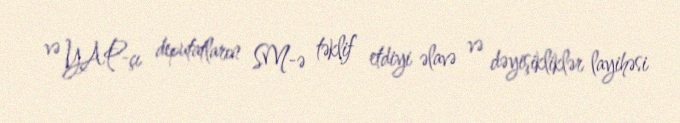
və YAP-çı deputatların SM-ə təklif etdiyi əlavə və dəyişikliklər layihəsi